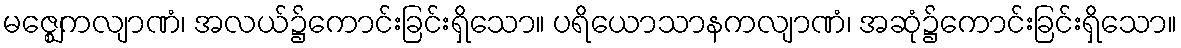
မဇ္ဈေကလျာဏံ၊ အလယ်၌ကောင်းခြင်းရှိသော။ ပရိယောသာနကလျာဏံ၊ အဆုံ၌ကောင်းခြင်းရှိသော။